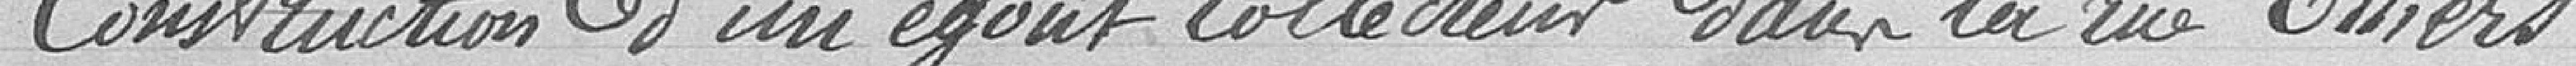
Construction d'un égoût collecteur dans la rue Thiers